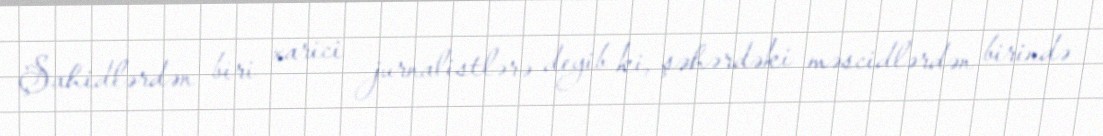
Şahidlərdən biri xarici jurnalistlərə deyib ki, şəhərdəki məscidlərdən birində